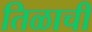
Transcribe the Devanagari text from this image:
तिळाची